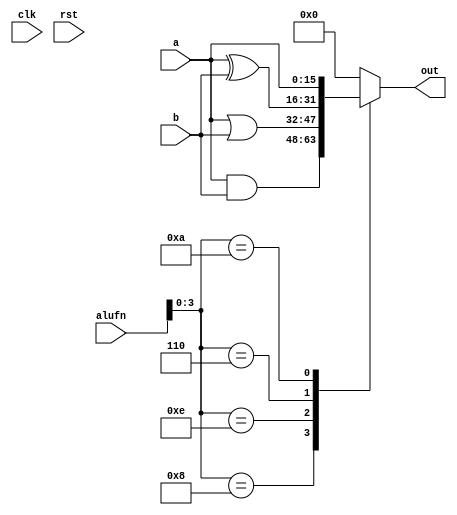
/*
   This file was generated automatically by the Mojo IDE version B1.3.6.
   Do not edit this file directly. Instead edit the original Lucid source.
   This is a temporary file and any changes made to it will be destroyed.
*/

module boolean_6 (
    input clk,
    input rst,
    input [5:0] alufn,
    input [15:0] a,
    input [15:0] b,
    output reg [15:0] out
  );
  
  
  
  always @* begin
    out = 1'h0;
    
    case (alufn[0+3-:4])
      4'h8: begin
        out = a & b;
      end
      4'he: begin
        out = a | b;
      end
      4'h6: begin
        out = a ^ b;
      end
      4'ha: begin
        out = a;
      end
    endcase
  end
endmodule